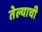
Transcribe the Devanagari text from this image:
तेल्याची